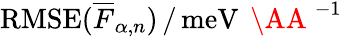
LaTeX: \mathrm{RMSE}(\overline{{F}}_{\alpha,n})\, /\, \mathrm{meV}\, \mathrm{~\AA~}^{-1}